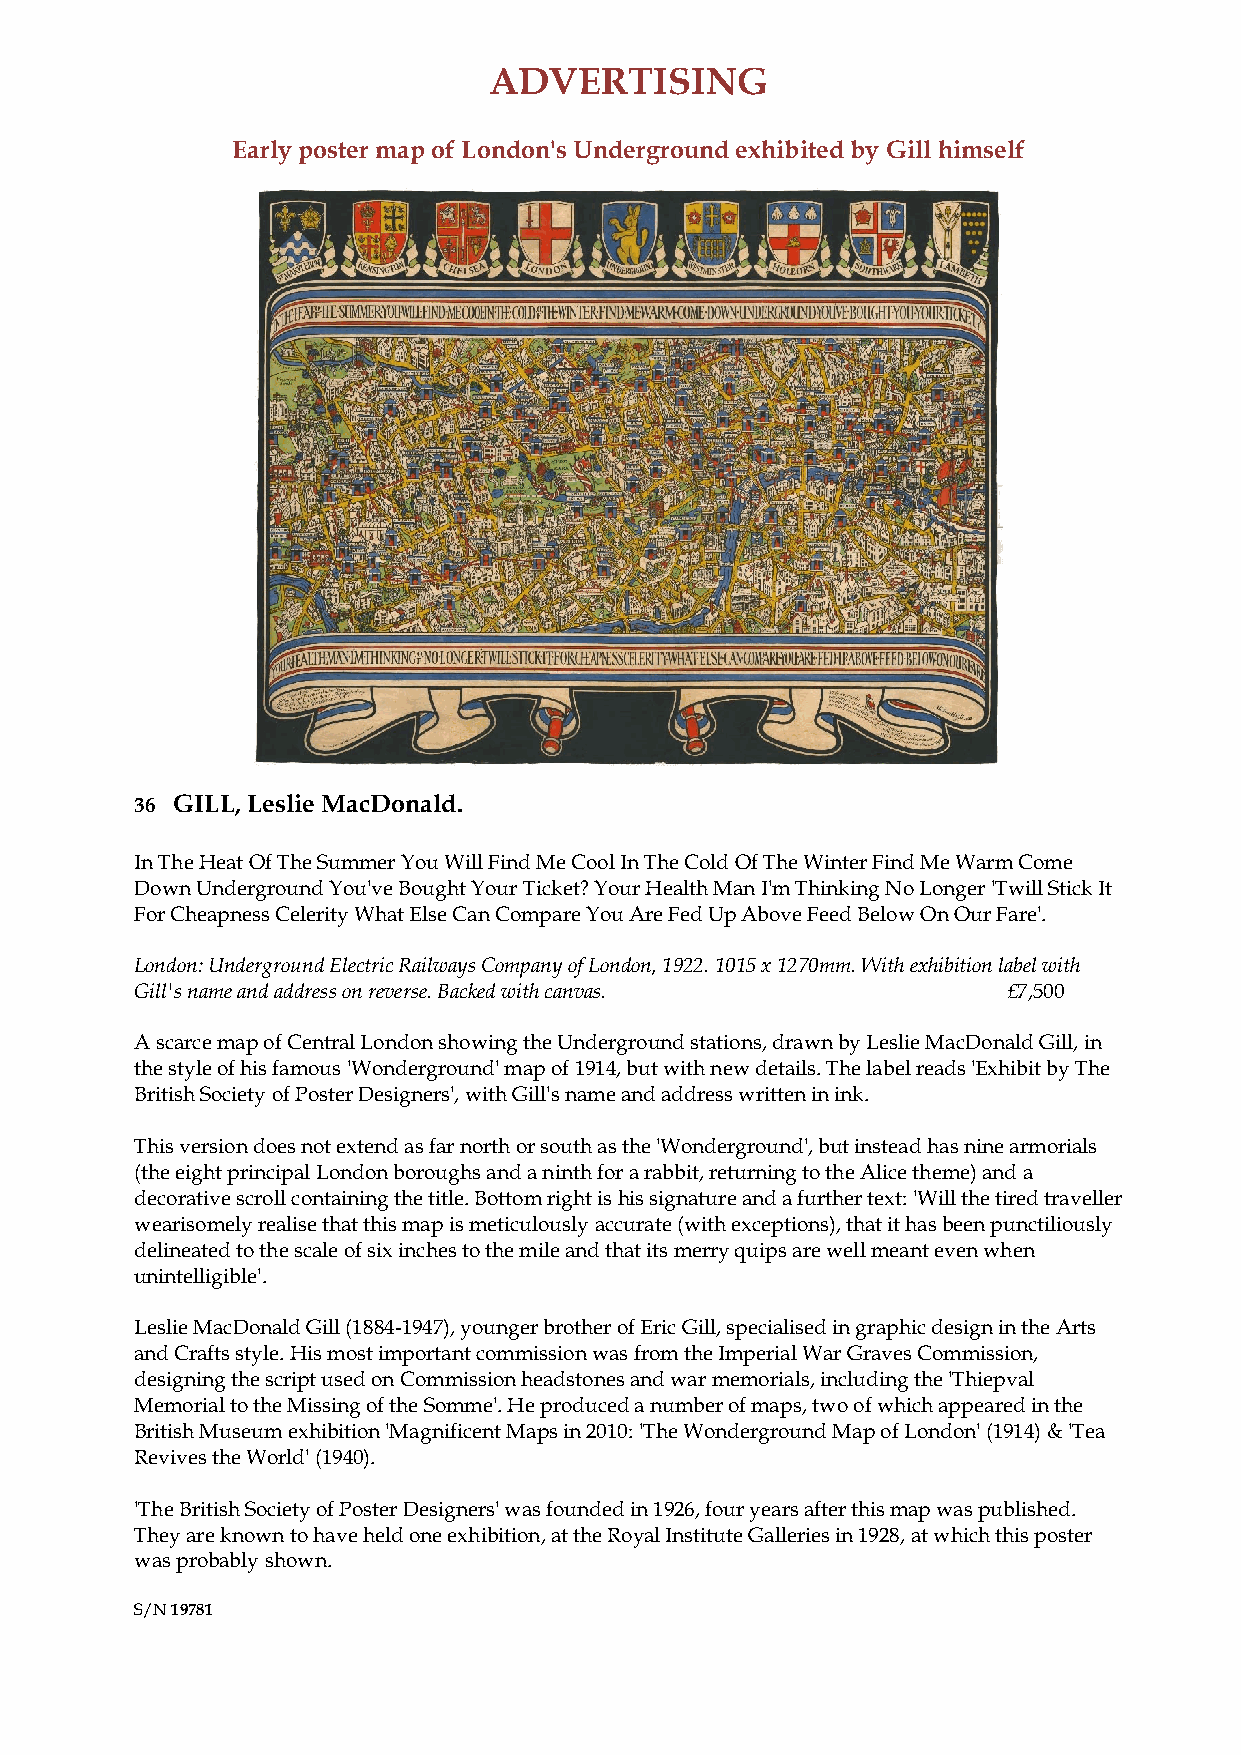
ADVERTISING
 Early poster map of London's Underground exhibited by Gill himself
 36 GILL, Leslie MacDonald.
 In The Heat Of The Summer You Will Find Me Cool In The Cold Of The Winter Find Me Warm Come
 Down Underground You've Bought Your Ticket? Your Health Man I'm Thinking No Longer 'Twill Stick It
 For Cheapness Celerity What Else Can Compare You Are Fed Up Above Feed Below On Our Fare'.
 London: Underground Electric Railways Company of London, 1922. 1015 x 1270mm. With exhibition label with
 Gill's name and address on reverse. Backed with canvas.   £7,500
 A scarce map of Central London showing the Underground stations, drawn by Leslie MacDonald Gill, in
 the style of his famous 'Wonderground' map of 1914, but with new details. The label reads 'Exhibit by The
 British Society of Poster Designers', with Gill's name and address written in ink.
 This version does not extend as far north or south as the 'Wonderground', but instead has nine armorials
 (the eight principal London boroughs and a ninth for a rabbit, returning to the Alice theme) and a
 decorative scroll containing the title. Bottom right is his signature and a further text: 'Will the tired traveller
 wearisomely realise that this map is meticulously accurate (with exceptions), that it has been punctiliously
 delineated to the scale of six inches to the mile and that its merry quips are well meant even when
 unintelligible'.
 Leslie MacDonald Gill (1884-1947), younger brother of Eric Gill, specialised in graphic design in the Arts
 and Crafts style. His most important commission was from the Imperial War Graves Commission,
 designing the script used on Commission headstones and war memorials, including the 'Thiepval
 Memorial to the Missing of the Somme'. He produced a number of maps, two of which appeared in the
 British Museum exhibition 'Magnificent Maps in 2010: 'The Wonderground Map of London' (1914) & 'Tea
 Revives the World' (1940).
 'The British Society of Poster Designers' was founded in 1926, four years after this map was published.
 They are known to have held one exhibition, at the Royal Institute Galleries in 1928, at which this poster
 was probably shown.
 S/N 19781